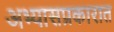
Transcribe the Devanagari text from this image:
अभ्यासप्रकारात